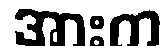
အားက